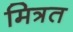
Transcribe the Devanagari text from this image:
मित्रत